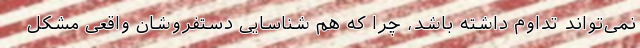
نمی‌تواند تداوم داشته باشد، چرا که هم شناسایی دستفروشان واقعی مشکل